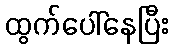
ထွက်ပေါ်နေပြီး